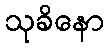
သုခိနော